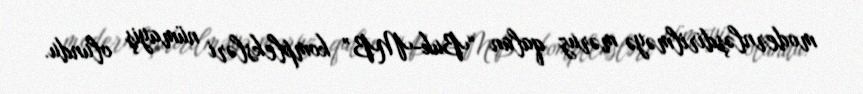
modernləşdirilməyə məruz qalan “Buk-MB” kompleksləri nümayiş olundu.